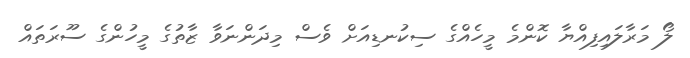
ލޯ މަރާލައިފިއްޔާ ކޮންމެ މީހެއްގެ ސިކުނޑިއަށް ވެސް މިދަންނަވާ ޒާތުގެ މީހުންގެ ސޫރަތައް